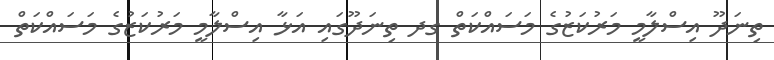
ތިނަދޫ އިސްލާމީ މަރުކަޒުގެ މަސައްކަތް ގދ ތިނަދޫގައި އަޅާ އިސްލާމީ މަރުކަޒުގެ މަސައްކަތް